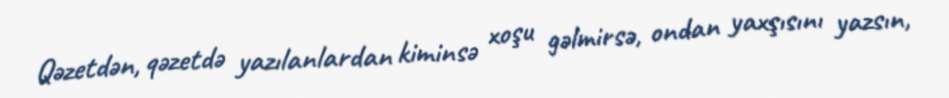
Qəzetdən, qəzetdə yazılanlardan kiminsə xoşu gəlmirsə, ondan yaxşısını yazsın,